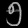
Digit: ၅